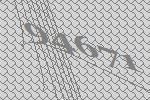
94671